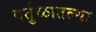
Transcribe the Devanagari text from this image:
वर्तुळातल्या